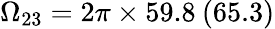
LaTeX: \Omega_{23}=2\pi\times 59.8\: (65.3)